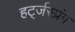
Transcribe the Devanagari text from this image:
हर्ट्जस्प्रंग